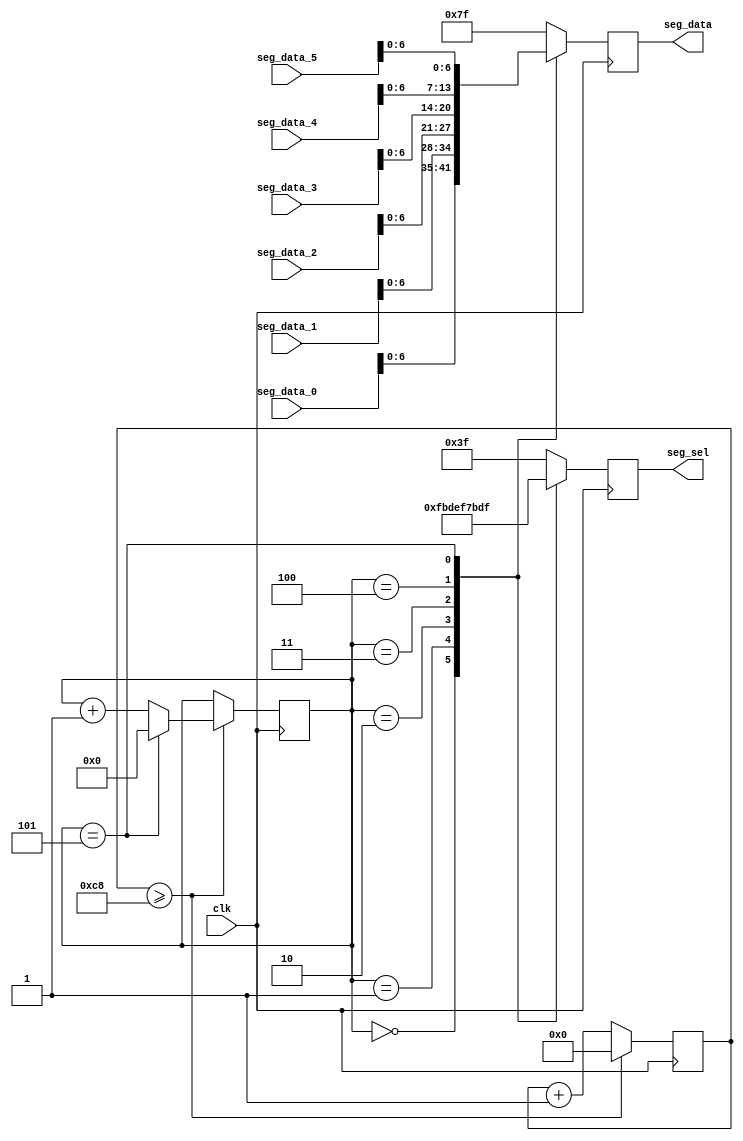
module display(
	input 			 clk,
	output reg[5:0] seg_sel,      //digital led chip select
	output reg[6:0] seg_data,     //7 segment digital output	
	input[7:0]      seg_data_0,
	input[7:0]      seg_data_1,
	input[7:0]      seg_data_2,
	input[7:0]      seg_data_3,
	input[7:0]      seg_data_4,
	input[7:0]      seg_data_5
);


//parameter SCAN_COUNT = 50000000 /(200 * 6) - 1;
parameter SCAN_COUNT = 200;

reg[31:0] scan_timer;
reg[3:0] scan_sel;

always@(posedge clk)
begin 
	if(scan_timer >= SCAN_COUNT)
	begin
		scan_timer <= 32'd0;
		if(scan_sel == 4'd5)
			scan_sel <= 4'd0;
		else
			scan_sel <= scan_sel + 4'd1;
	end
	else
	begin
			scan_timer <= scan_timer + 32'd1;
	end
end

always@(posedge clk)
begin 
	case(scan_sel)
		4'd0:
		begin
			seg_sel <= 6'b11_1110;
			seg_data <= seg_data_0;
		end
		4'd1:
		begin
			seg_sel <= 6'b11_1101;
			seg_data <= seg_data_1;
		end
		4'd2:
		begin
			seg_sel <= 6'b11_1011;
			seg_data <= seg_data_2;
		end
		4'd3:
		begin
			seg_sel <= 6'b11_0111;
			seg_data <= seg_data_3;
		end
		4'd4:
		begin
			seg_sel <= 6'b10_1111;
			seg_data <= seg_data_4;
		end
		4'd5:
		begin
			seg_sel <= 6'b01_1111;
			seg_data <= seg_data_5;
		end
		default:
		begin
			seg_sel <= 6'b11_1111;
			seg_data <= 8'hff;
		end
	endcase
end

endmodule